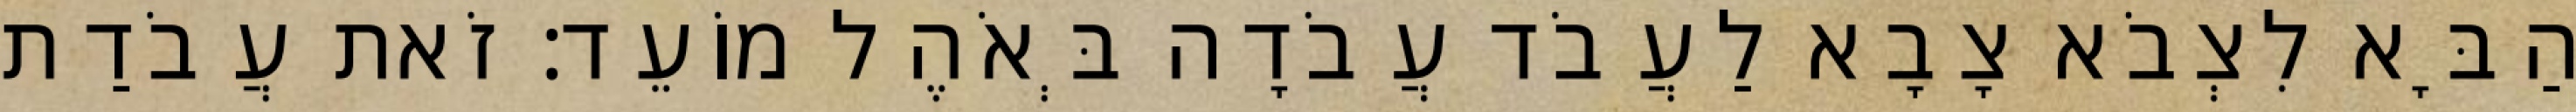
הַבָּא לִצְבֹא צָבָא לַעֲבֹד עֲבֹדָה בְּאֹהֶל מוֹעֵד׃ זֹאת עֲבֹדַת